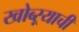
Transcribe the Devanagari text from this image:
खोब्ऱ्याची